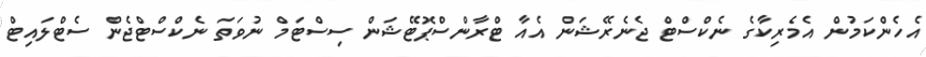
އެހެންކަމުން އެމެރިކާގެ ނެކްސްޓް ޖެނެރޭޝަން އެއާ ޓްރާންސްޕޮޓޭޝަން ސިސްޓަމް ނުވަތަ ނެކްސްޓްޖެން ސެޓްލައިޓް